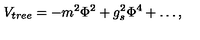
V _ { \small { t r e e } } = - m ^ { 2 } \Phi ^ { 2 } + g _ { s } ^ { 2 } \Phi ^ { 4 } + \dots ,